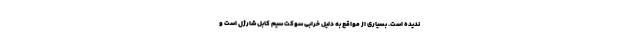
ندیده است. بسیاری از مواقع به دلیل خرابی سوکت سیم کابل شارژل است و